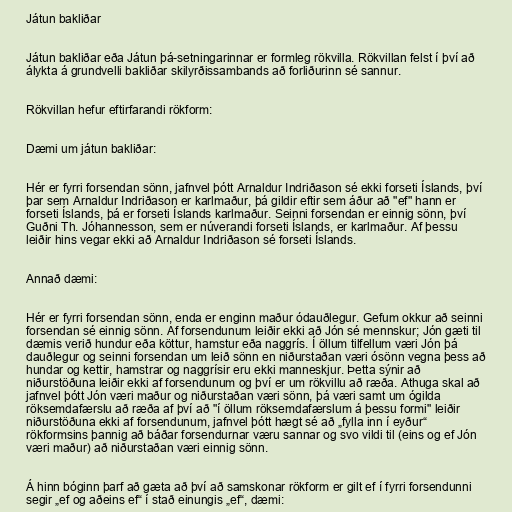
Játun bakliðar

Játun bakliðar eða Játun þá-setningarinnar er formleg rökvilla. Rökvillan felst í því að
álykta á grundvelli bakliðar skilyrðissambands að forliðurinn sé sannur.

Rökvillan hefur eftirfarandi rökform:

Dæmi um játun bakliðar:

Hér er fyrri forsendan sönn, jafnvel þótt Arnaldur Indriðason sé ekki forseti Íslands, því
þar sem Arnaldur Indriðason er karlmaður, þá gildir eftir sem áður að "ef" hann er
forseti Íslands, þá er forseti Íslands karlmaður. Seinni forsendan er einnig sönn, því
Guðni Th. Jóhannesson, sem er núverandi forseti Íslands, er karlmaður. Af þessu
leiðir hins vegar ekki að Arnaldur Indriðason sé forseti Íslands.

Annað dæmi:

Hér er fyrri forsendan sönn, enda er enginn maður ódauðlegur. Gefum okkur að seinni
forsendan sé einnig sönn. Af forsendunum leiðir ekki að Jón sé mennskur; Jón gæti til
dæmis verið hundur eða köttur, hamstur eða naggrís. Í öllum tilfellum væri Jón þá
dauðlegur og seinni forsendan um leið sönn en niðurstaðan væri ósönn vegna þess að
hundar og kettir, hamstrar og naggrísir eru ekki manneskjur. Þetta sýnir að
niðurstöðuna leiðir ekki af forsendunum og því er um rökvillu að ræða. Athuga skal að
jafnvel þótt Jón væri maður og niðurstaðan væri sönn, þá væri samt um ógilda
röksemdafærslu að ræða af því að "í öllum röksemdafærslum á þessu formi" leiðir
niðurstöðuna ekki af forsendunum, jafnvel þótt hægt sé að „fylla inn í eyður“
rökformsins þannig að báðar forsendurnar væru sannar og svo vildi til (eins og ef Jón
væri maður) að niðurstaðan væri einnig sönn.

Á hinn bóginn þarf að gæta að því að samskonar rökform er gilt ef í fyrri forsendunni
segir „ef og aðeins ef“ í stað einungis „ef“, dæmi: